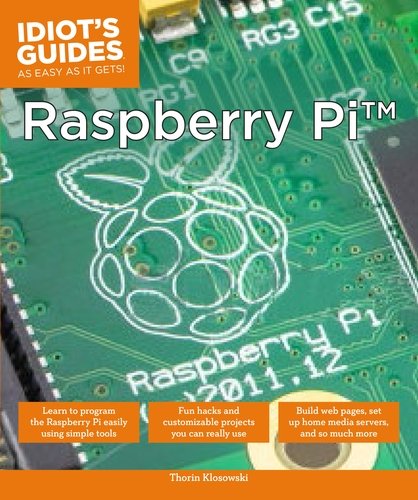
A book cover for Idiot's Guides: Raspberry Pi; Thorin Klosowski; Computers & Technology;